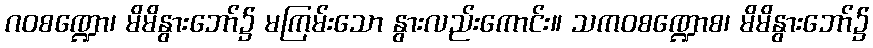
ဂဝစဏ္ဍော၊ မိမိနွားဘော်၌ မကြမ်းသော နွားလည်းကောင်း။ သကဝစဏ္ဍောစ၊ မိမိနွားဘော်၌